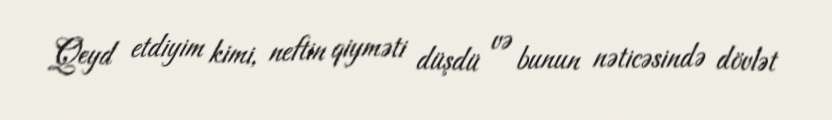
Qeyd etdiyim kimi, neftin qiyməti düşdü və bunun nəticəsində dövlət